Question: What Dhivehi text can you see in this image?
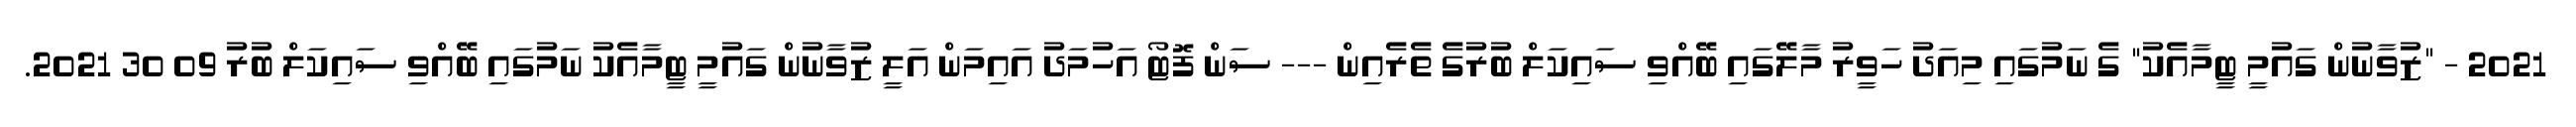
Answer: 2021 - "ޒުވާނުން ގައުމީ ޓީމާއެކު" ގެ ނަމުގައި މިއަދު ހަވީރު މާލޭގައި ބޭއްވި ސައިކަލް ބުރުގެ ތެރެއިން --- ސަން ފޮޓޯ އަހުމަދު އައިމަން އަލީ ޒުވާނުން ގައުމީ ޓީމާއެކު ނަމުގައި ބޭއްވި ސައިކަލް ބުރު 09 30 2021.